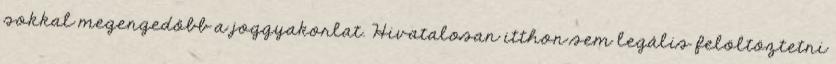
sokkal megengedőbb a joggyakorlat. Hivatalosan itthon sem legális felöltöztetni